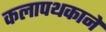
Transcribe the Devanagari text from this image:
कलापथकाने